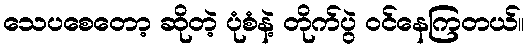
သေပစေတော့ ဆိုတဲ့ ပုံစံနဲ့ တိုက်ပွဲ ဝင်နေကြတယ်။